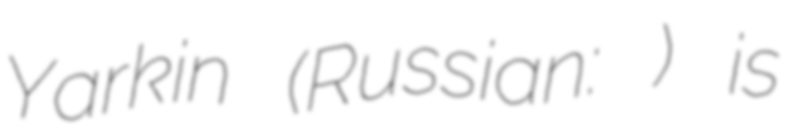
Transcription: Yarkin (Russian: Яркин) is